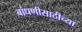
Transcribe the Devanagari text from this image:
बांधणीसाठीच्या